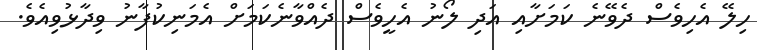
ހިލޭ އެހިވެސް ދެވޭނެ ކަމަށާއި އަދި ލޯނު އެހީވެސް ދެއްވާނެކަމަށް އެމަނިކުފާނު ވިދާޅުވިއެވެ.